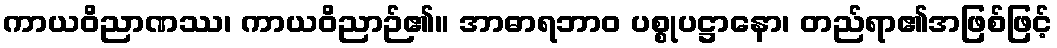
ကာယဝိညာဏဿ၊ ကာယဝိညာဉ်၏။ အာဓာရဘာဝ ပစ္စုပဋ္ဌာနော၊ တည်ရာ၏အဖြစ်ဖြင့်